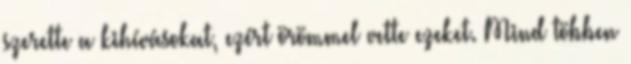
szerette a kihívásokat, ezért örömmel vette ezeket. Mind többen